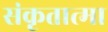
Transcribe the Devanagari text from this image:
संकृतात्मा